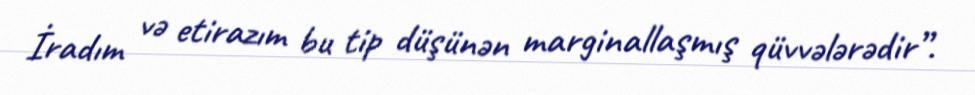
İradım və etirazım bu tip düşünən marginallaşmış qüvvələrədir”.